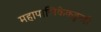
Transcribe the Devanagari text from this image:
महापालिकेकडूनही